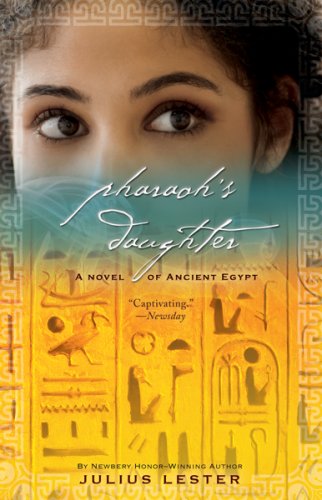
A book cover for Pharaoh's Daughter: A Novel of Ancient Egypt; Julius Lester; Teen & Young Adult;